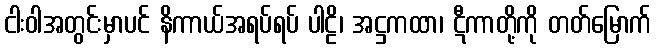
ငါးဝါအတွင်းမှာပင် နိကာယ်အရပ်ရပ် ပါဠိ၊ အဋ္ဌကထာ၊ ဋီကာတို့ကို တတ်မြောက်